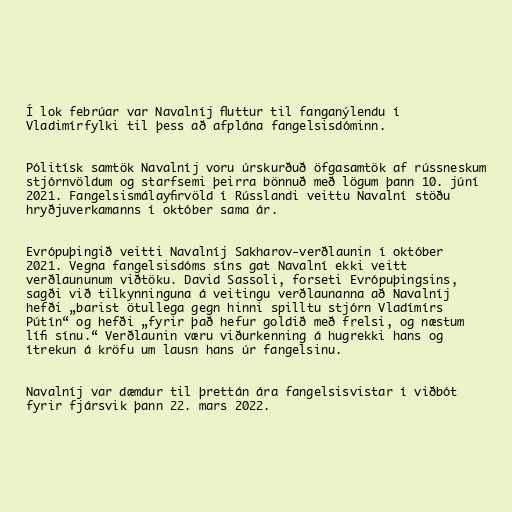
Í lok febrúar var Navalníj fluttur til fanganýlendu í
Vladimírfylki til þess að afplána fangelsisdóminn.

Pólitísk samtök Navalníj voru úrskurðuð öfgasamtök af rússneskum
stjórnvöldum og starfsemi þeirra bönnuð með lögum þann 10. júní
2021. Fangelsismálayfirvöld í Rússlandi veittu Navalní stöðu
hryðjuverkamanns í október sama ár.

Evrópuþingið veitti Navalníj Sakharov-verðlaunin í október
2021. Vegna fangelsisdóms síns gat Navalní ekki veitt
verðlaununum viðtöku. David Sassoli, forseti Evrópuþingsins,
sagði við tilkynninguna á veitingu verðlaunanna að Navalníj
hefði „barist ötullega gegn hinni spilltu stjórn Vladímírs
Pútín“ og hefði „fyrir það hefur goldið með frelsi, og næstum
lífi sínu.“ Verðlaunin væru viðurkenning á hugrekki hans og
ítrekun á kröfu um lausn hans úr fangelsinu.

Navalníj var dæmdur til þrettán ára fangelsisvistar í viðbót
fyrir fjársvik þann 22. mars 2022.